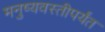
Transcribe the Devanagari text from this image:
मनुष्यवस्तीपर्यंत